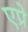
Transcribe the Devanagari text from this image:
एप्रे